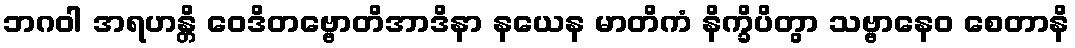
ဘဂဝါ အရဟန္တိ ဝေဒိတဗ္ဗောတိအာဒိနာ နယေန မာတိကံ နိက္ခိပိတွာ သဗ္ဗာနေဝ စေတာနိ